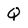
Character: Q